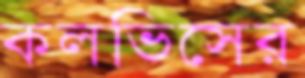
কলভিসের